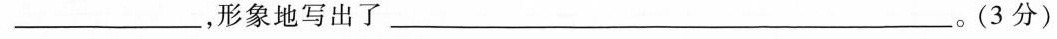
___，形象地写出了___。(3分)